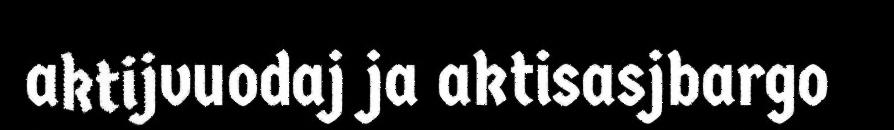
aktijvuodaj ja aktisasjbargo